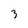
Character: 3